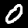
Digit: 0